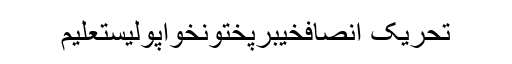
تحریک انصافخیبرپختونخواپولیستعلیم